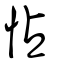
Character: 怗